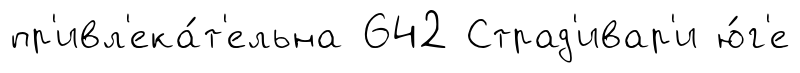
пр'ивл'ека́т'ельна 642 Страд'ивар'и ю́г'е